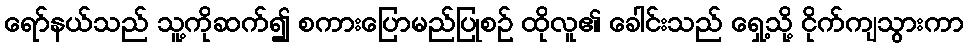
ရော်နယ်သည် သူ့ကိုဆက်၍ စကားပြောမည်ပြုစဉ် ထိုလူ၏ ခေါင်းသည် ရှေ့သို့ ငိုက်ကျသွားကာ